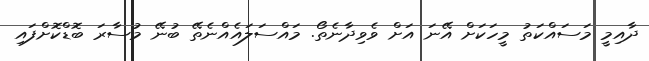
ދާއިމީ މަސައްކަތު މީހަކަށް އޭނަ އަށް ވެވިދާނެތޯ. މައްސަލައެއްނެތޭ ބުނޭ މުސާރަ ބޮޑްކޮށްފައި